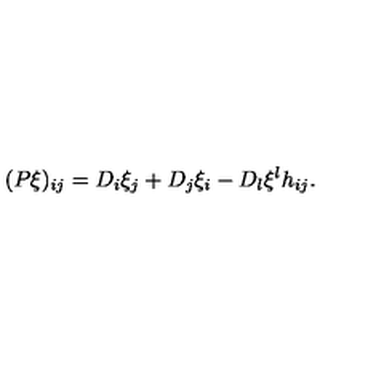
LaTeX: ( P \xi ) _ { i j } = D _ { i } \xi _ { j } + D _ { j } \xi _ { i } - D _ { l } \xi ^ { l } h _ { i j } .